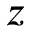
z